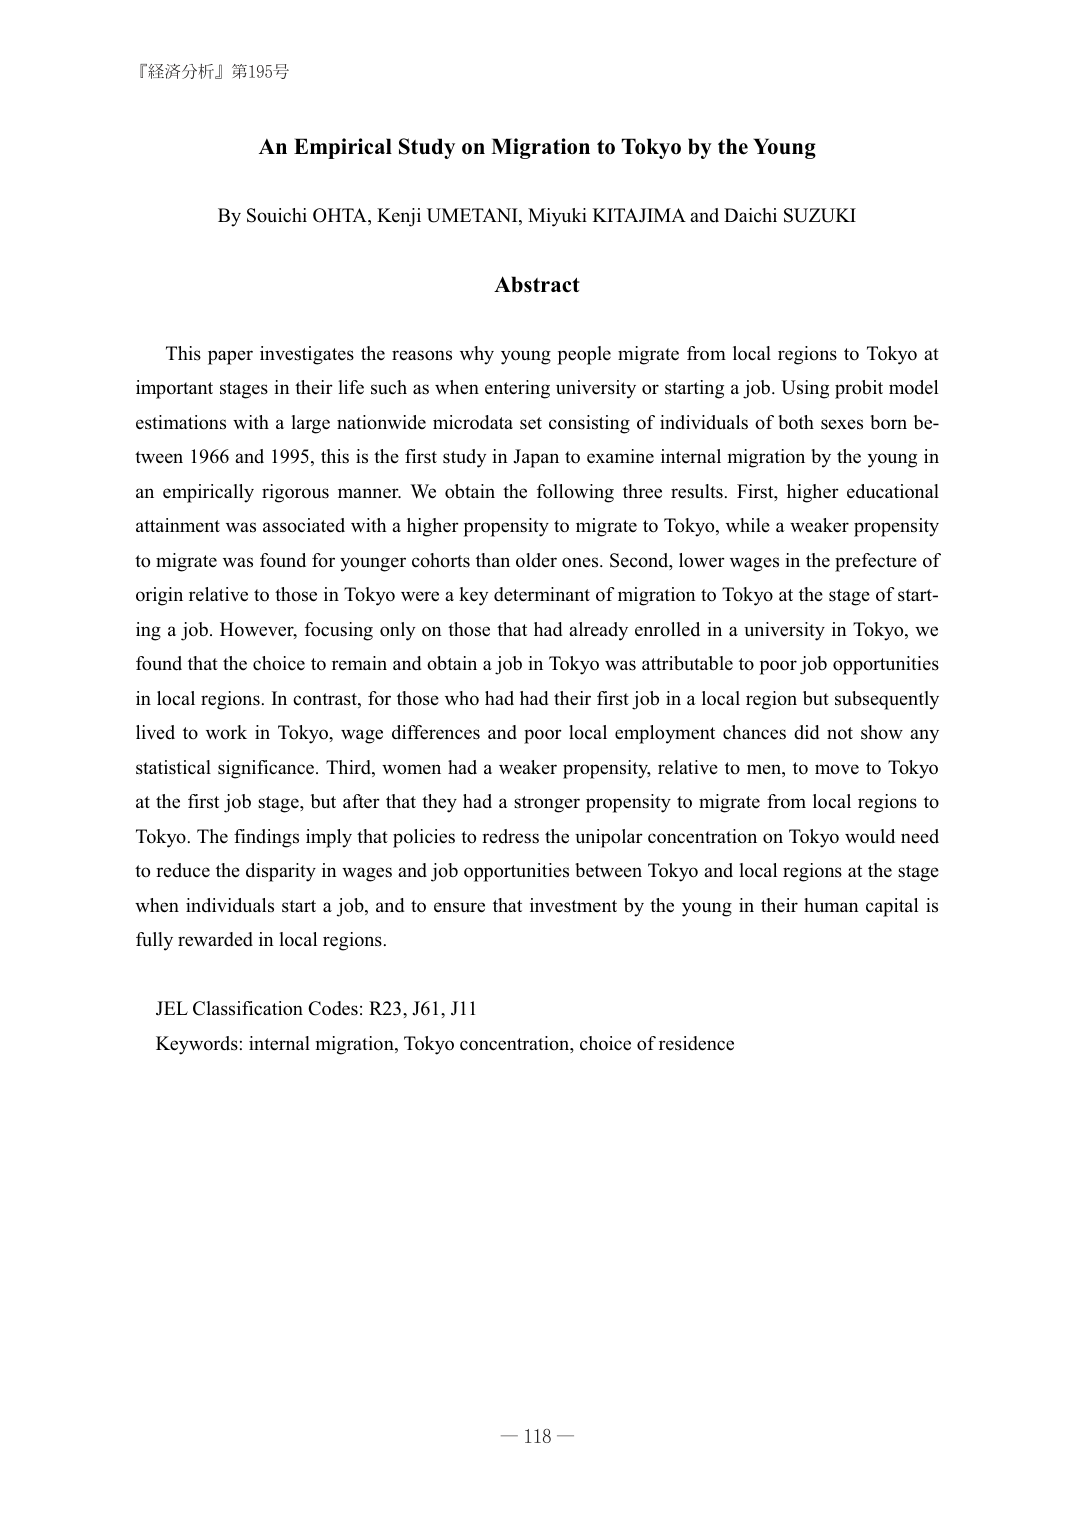
『経済分析』第195号

An Empirical Study on Migration to Tokyo by the Young

By Souichi OHTA, Kenji UMETANI, Miyuki KITAJIMA and Daichi SUZUKI

Abstract

This paper investigates the reasons why young people migrate from local regions to Tokyo at important stages in their life such as when entering university or starting a job. Using probit model estimations with a large nationwide microdata set consisting of individuals of both sexes born between 1966 and 1995, this is the first study in Japan to examine internal migration by the young in an empirically rigorous manner. We obtain the following three results. First, higher educational attainment was associated with a higher propensity to migrate to Tokyo, while a weaker propensity to migrate was found for younger cohorts than older ones. Second, lower wages in the prefecture of origin relative to those in Tokyo were a key determinant of migration to Tokyo at the stage of starting a job. However, focusing only on those that had already enrolled in a university in Tokyo, we found that the choice to remain and obtain a job in Tokyo was attributable to poor job opportunities in local regions. In contrast, for those who had had their first job in a local region but subsequently lived to work in Tokyo, wage differences and poor local employment chances did not show any statistical significance. Third, women had a weaker propensity, relative to men, to move to Tokyo at the first job stage, but after that they had a stronger propensity to migrate from local regions to Tokyo. The findings imply that policies to redress the unipolar concentration on Tokyo would need to reduce the disparity in wages and job opportunities between Tokyo and local regions at the stage when individuals start a job, and to ensure that investment by the young in their human capital is fully rewarded in local regions.

JEL Classification Codes: R23, J61, J11
Keywords: internal migration, Tokyo concentration, choice of residence

— 118 —